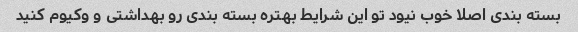
بسته بندی اصلا خوب نیود تو این شرایط بهتره بسته بندی رو بهداشتی و وکیوم کنید